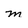
Character: m